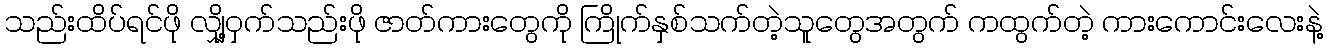
သည်းထိပ်ရင်ဖို လျှို့ဝှက်သည်းဖို ဇာတ်ကားတွေကို ကြိုက်နှစ်သက်တဲ့သူတွေအတွက် ကထွက်တဲ့ ကားကောင်းလေးနဲ့